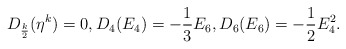
\begin{align*}D_{\frac k 2}(\eta^k)=0,D_{4}(E_4)=-\frac{1}3E_6, D_{6}(E_6)=-\frac{1}2E_4^2. \end{align*}